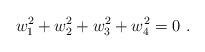
LaTeX: \begin{align*}w_1^2 + w_2^2 + w_3^2 + w_4^2 = 0\ . \end{align*}